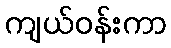
ကျယ်ဝန်းကာ